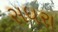
સધરા